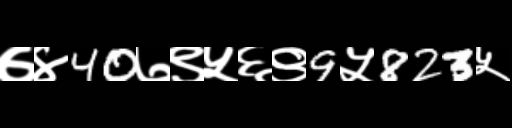
Text: ७४40७९५६९9५823५